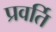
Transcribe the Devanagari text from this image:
प्रवर्ति